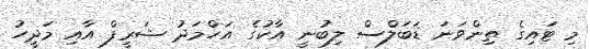
މި ޓައިގެ ތިންވަނަ ޑަބަލްސް ލިބުނީ އާކުގެ އަހްމަދު ޝަރީފް އާއި މަދީހު